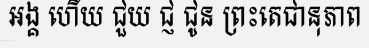
អង្គ ហើយ ជួយ ជ្ញ ជូន ព្រះតេជានុភាព